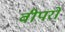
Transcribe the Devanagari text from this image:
वीपरो